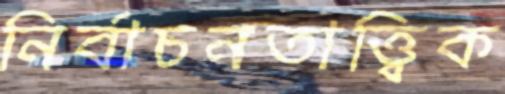
নির্বাচনতাত্ত্বিক